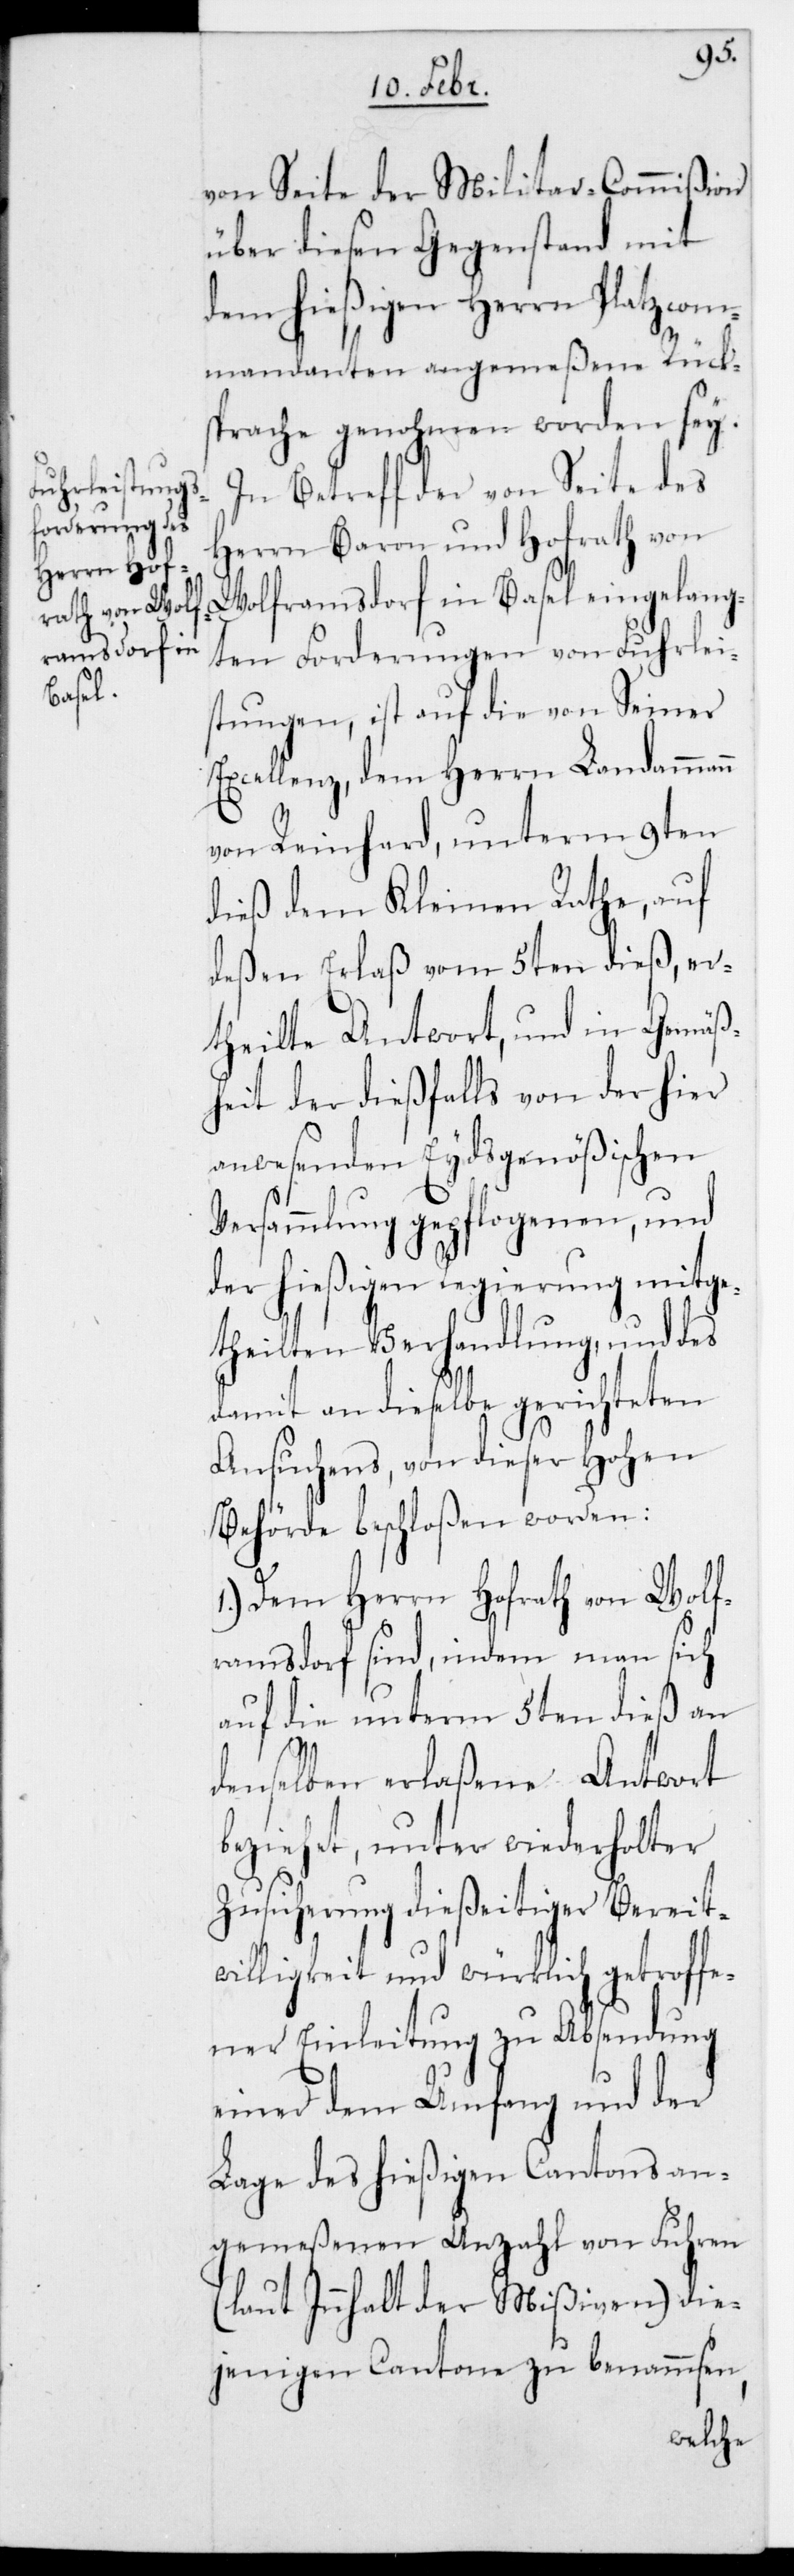
von Seite der Militar-Commißion
über diesen Gegenstand mit
dem hießigen Herrn Platzkom¬
mandanten angemeßene Rücks¬
prache genohmen worden sei.
In Betreff der von Seite des
Herrn Baron und Hofrath von
Wolframsdorf in Basel eingelang¬
ten Forderungen von Fuhrlei¬
stungen, ist auf die von Seiner
Excellenz, dem Herrn Landammann
von Reinhard, unterm 9ten
dieß dem Kleinen Rathe, auf
deßen Erlaß vom 5ten dieß er¬
theilte Antwort, und in Gemäß¬
heit der dießfalls von der hier
anwesenden Eydsgenößischen
Versammlung gepflogenen und
der hießigen Regierung mitge¬
theilten Verhandlung, und des
damit an dieselbe gerichteten
Ansuchens, von dieser Hohen
Behörde beschloßen worden:
1.) Dem Herrn Hofrath von Wolf¬
ramsdorf sind, indem man sich
auf die unterm 5ten dieß an
denselben erlaßene Antwort
beziehet, unter wiederholter
Zusicherung dießeitiger Bereit¬
willigkeit und würklich getroffe¬
ner Einleitung zu Absendung
einer dem Umfang und der
Lage des hießigen Cantons an¬
gemeßenen Anzahl von Fuhren
(laut Innhalt der Mißiven) die¬
jenigen Cantone zu benammsen,